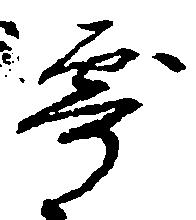
寄